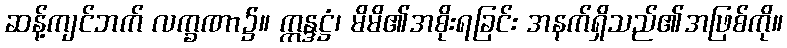
ဆန့်ကျင်ဘက် လက္ခဏာ၌။ ဣန္ဒဋ္ဌံ၊ မိမိ၏အစိုးရခြင်း အနက်ရှိသည်၏အဖြစ်ကို။